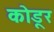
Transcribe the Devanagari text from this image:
कोडूर